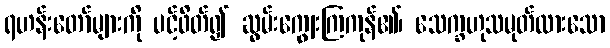
ရဟန်းတော်များကို ပင့်ဖိတ်၍ ဆွမ်းကျွေးကြကုန်၏၊ သေက္ခဟုသမုတ်ထားသော